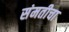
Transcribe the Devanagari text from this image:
संमतीचा